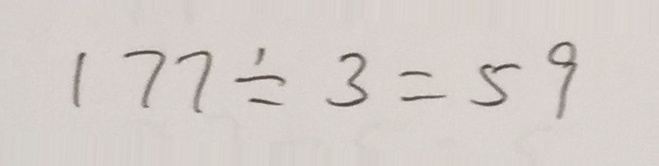
1 7 7 \div 3 = 5 9